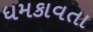
ધમકાવતા